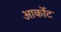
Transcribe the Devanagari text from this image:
आर्कोट